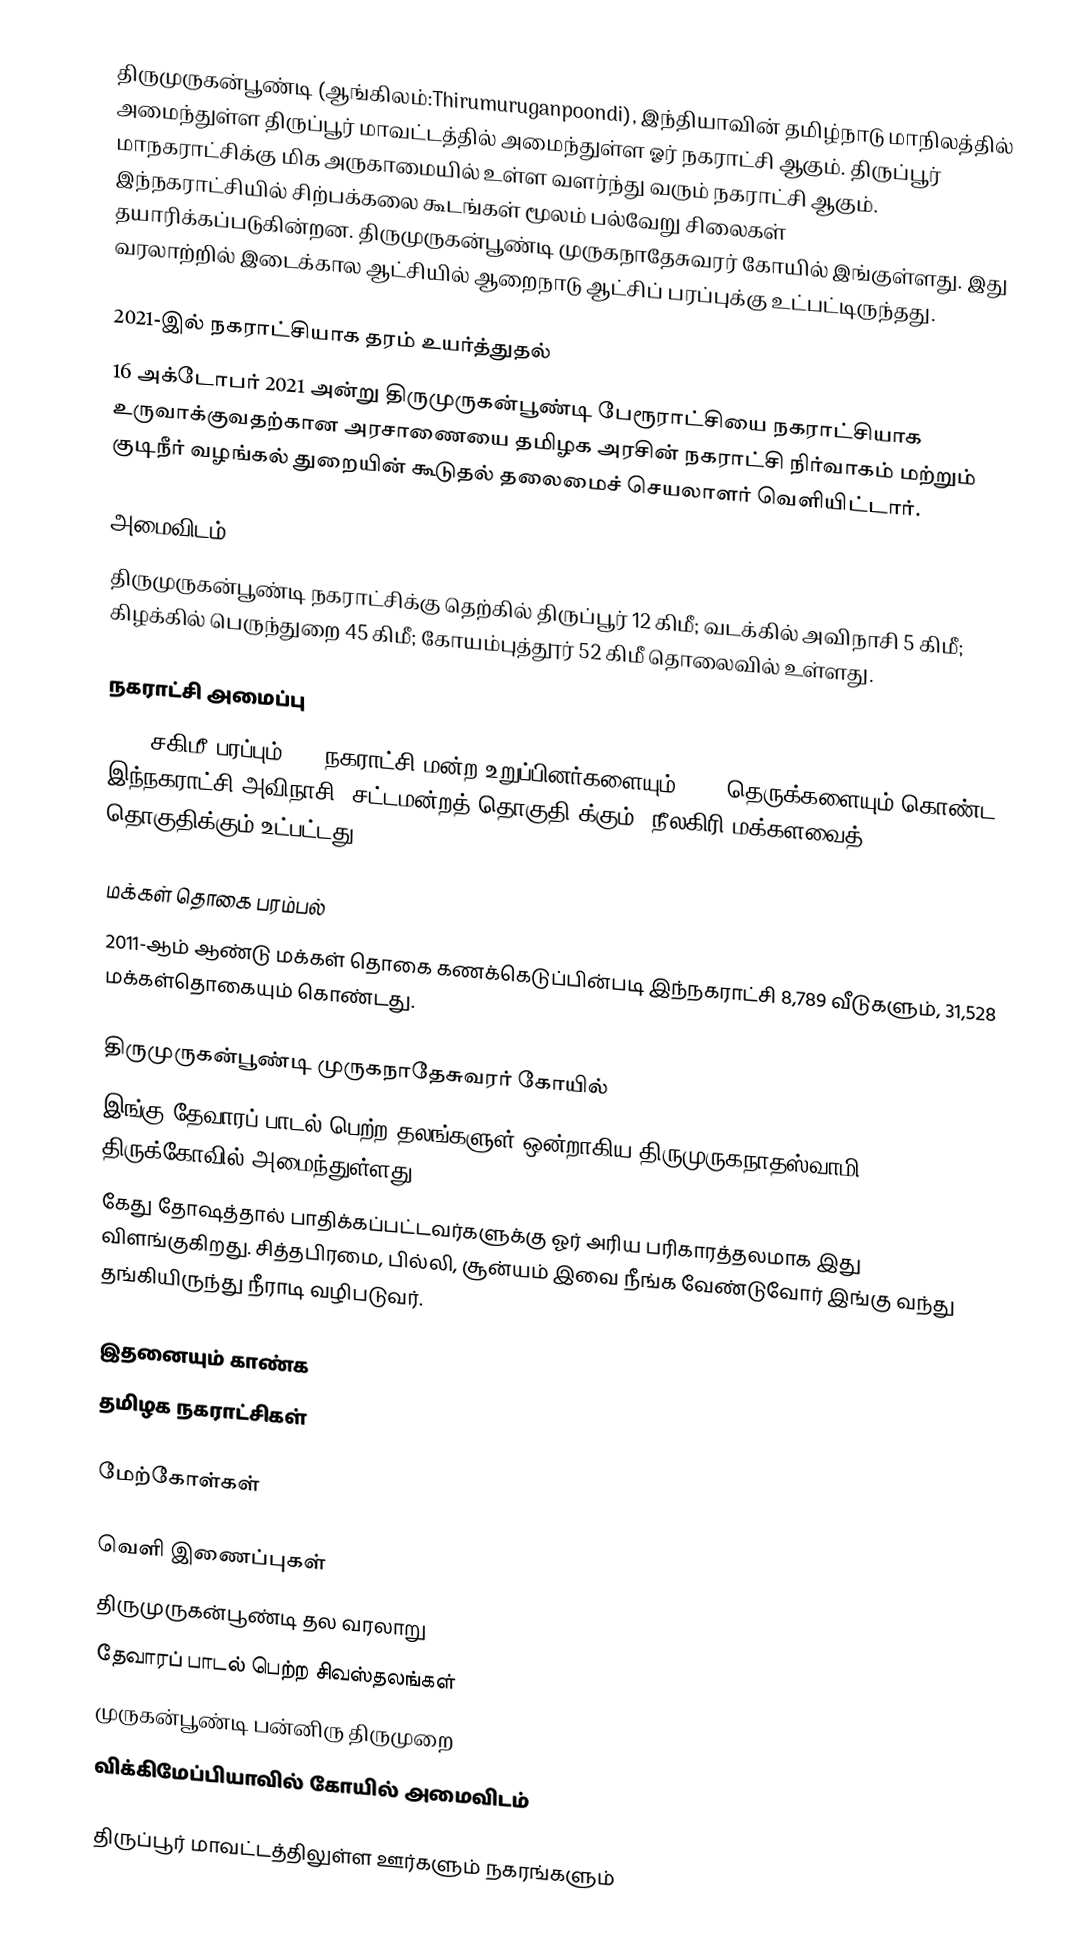
திருமுருகன்பூண்டி (ஆங்கிலம்:Thirumuruganpoondi), இந்தியாவின் தமிழ்நாடு மாநிலத்தில் அமைந்துள்ள திருப்பூர் மாவட்டத்தில் அமைந்துள்ள ஓர் நகராட்சி ஆகும். திருப்பூர் மாநகராட்சிக்கு மிக அருகாமையில் உள்ள வளர்ந்து வரும் நகராட்சி ஆகும். இந்நகராட்சியில் சிற்பக்கலை கூடங்கள் மூலம் பல்வேறு சிலைகள் தயாரிக்கப்படுகின்றன. திருமுருகன்பூண்டி முருகநாதேசுவரர் கோயில் இங்குள்ளது. இது வரலாற்றில் இடைக்கால ஆட்சியில் ஆறைநாடு ஆட்சிப் பரப்புக்கு உட்பட்டிருந்தது.

2021-இல் நகராட்சியாக தரம் உயர்த்துதல்
16 அக்டோபர் 2021 அன்று திருமுருகன்பூண்டி பேரூராட்சியை நகராட்சியாக உருவாக்குவதற்கான அரசாணையை தமிழக அரசின் நகராட்சி நிர்வாகம் மற்றும் குடிநீர் வழங்கல் துறையின் கூடுதல் தலைமைச் செயலாளர் வெளியிட்டார்.

அமைவிடம்
திருமுருகன்பூண்டி நகராட்சிக்கு  தெற்கில்  திருப்பூர் 12 கிமீ; வடக்கில் அவிநாசி 5 கிமீ;  கிழக்கில் பெருந்துறை 45 கிமீ; கோயம்புத்தூர் 52 கிமீ தொலைவில் உள்ளது.

நகராட்சி அமைப்பு
14.5 சகிமீ பரப்பும்,  22 நகராட்சி மன்ற உறுப்பினர்களையும், 132 தெருக்களையும் கொண்ட இந்நகராட்சி அவிநாசி (சட்டமன்றத் தொகுதி)க்கும், நீலகிரி மக்களவைத் தொகுதிக்கும் உட்பட்டது.

மக்கள் தொகை பரம்பல்
2011-ஆம் ஆண்டு மக்கள் தொகை கணக்கெடுப்பின்படி இந்நகராட்சி 8,789    வீடுகளும், 31,528 மக்கள்தொகையும் கொண்டது.

திருமுருகன்பூண்டி முருகநாதேசுவரர் கோயில்
 இங்கு தேவாரப் பாடல் பெற்ற தலங்களுள் ஒன்றாகிய திருமுருகநாதஸ்வாமி திருக்கோவில் அமைந்துள்ளது.
 கேது தோஷத்தால் பாதிக்கப்பட்டவர்களுக்கு ஓர் அரிய பரிகாரத்தலமாக இது விளங்குகிறது. சித்தபிரமை, பில்லி, சூன்யம் இவை நீங்க வேண்டுவோர் இங்கு வந்து தங்கியிருந்து நீராடி வழிபடுவர்.

இதனையும் காண்க
தமிழக நகராட்சிகள்

மேற்கோள்கள்

வெளி இணைப்புகள்
 திருமுருகன்பூண்டி தல வரலாறு
 தேவாரப் பாடல் பெற்ற சிவஸ்தலங்கள்
 முருகன்பூண்டி பன்னிரு திருமுறை
 விக்கிமேப்பியாவில் கோயில் அமைவிடம்

திருப்பூர் மாவட்டத்திலுள்ள ஊர்களும் நகரங்களும்